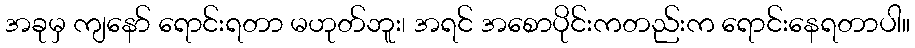
အခုမှ ကျနော် ရောင်းရတာ မဟုတ်ဘူး၊ အရင် အစောပိုင်းကတည်းက ရောင်းနေရတာပါ။